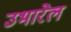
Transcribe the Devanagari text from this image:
उभारेल